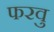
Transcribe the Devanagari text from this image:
फरवु